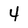
Character: 4